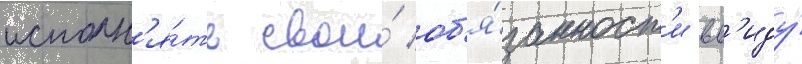
исполн'я́ть свои́ об'я́занност'и вв'иду́